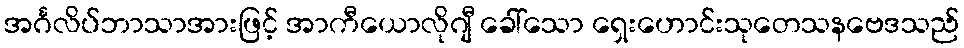
အင်္ဂလိပ်ဘာသာအားဖြင့် အာကီယောလိုဂျီ ခေါ်သော ရှေးဟောင်းသုတေသနဗေဒသည်